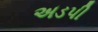
અડપી